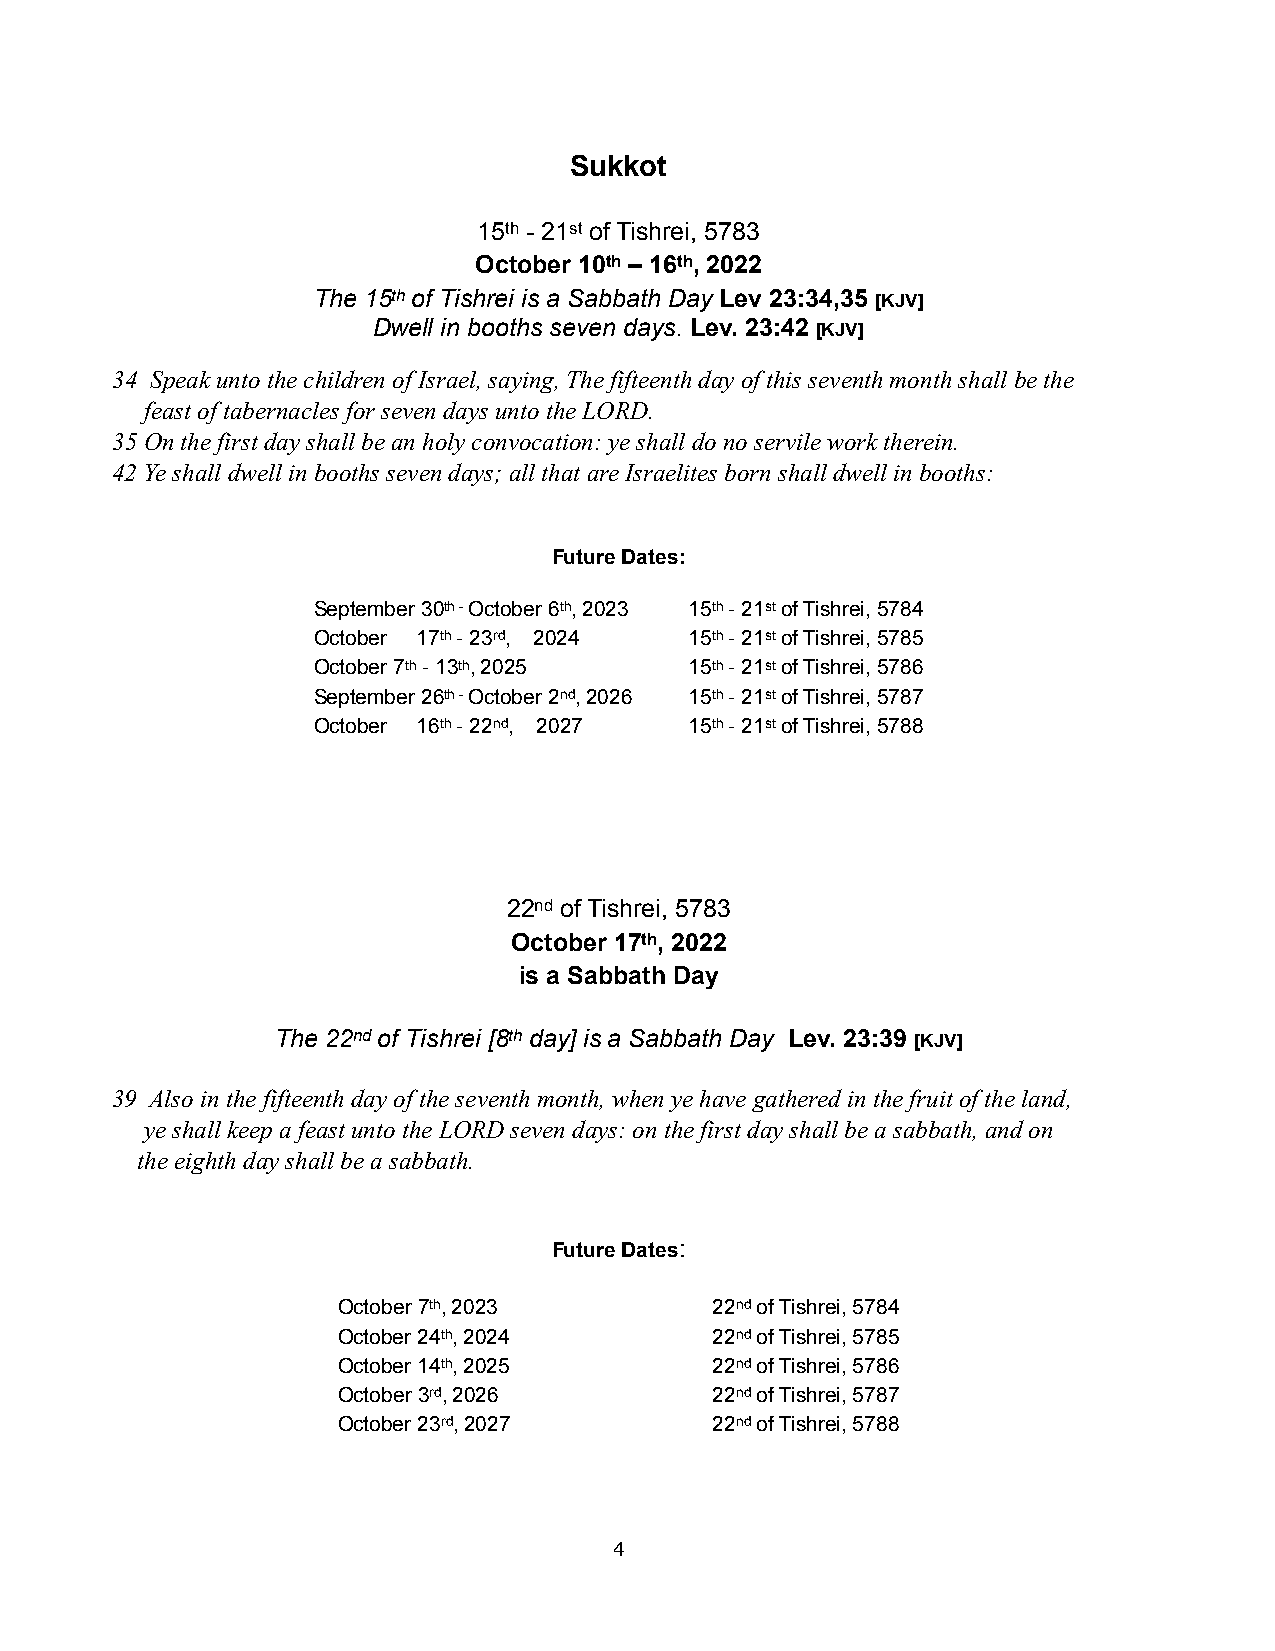
Sukkot
 15th - 21st of Tishrei, 5783
 October 10th – 16th, 2022
 The 15th of Tishrei is a Sabbath Day Lev 23:34,35 [KJV]
 Dwell in booths seven days. Lev. 23:42 [KJV]
 34 Speak unto the children of Israel, saying, The fifteenth day of this seventh month shall be the
 feast of tabernacles for seven days unto the LORD.
 35 On the first day shall be an holy convocation: ye shall do no servile work therein.
 42 Ye shall dwell in booths seven days; all that are Israelites born shall dwell in booths:
 Future Dates:
 September 30th - October 6th, 2023 15th - 21st of Tishrei, 5784
 October 17th - 23rd, 2024 15th - 21st of Tishrei, 5785
 October 7th - 13th, 2025 15th - 21st of Tishrei, 5786
 September 26th - October 2nd, 2026 15th - 21st of Tishrei, 5787
 October 16th - 22nd, 2027 15th - 21st of Tishrei, 5788
 22nd of Tishrei, 5783
 October 17th, 2022
 is a Sabbath Day
 The 22nd of Tishrei [8th day] is a Sabbath Day Lev. 23:39 [KJV]
 39 Also in the fifteenth day of the seventh month, when ye have gathered in the fruit of the land,
 ye shall keep a feast unto the LORD seven days: on the first day shall be a sabbath, and on
 the eighth day shall be a sabbath.
 Future Dates:
 October 7th, 2023        22nd of Tishrei, 5784
 October 24th, 2024       22nd of Tishrei, 5785
 October 14th, 2025       22nd of Tishrei, 5786
 October 3rd, 2026        22nd of Tishrei, 5787
 October 23rd, 2027       22nd of Tishrei, 5788
 4